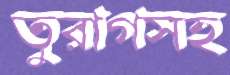
তুরাগসহ